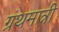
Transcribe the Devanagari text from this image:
ग्रंथमात्री